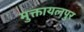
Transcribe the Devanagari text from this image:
मुक्तायलपुर